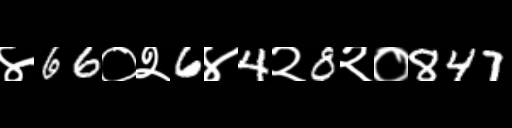
Text: ४66०२6४4२8२०847